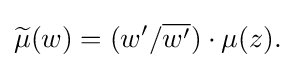
\displaystyle {{\widetilde {\mu }}(w)=(w^{\prime }/{\overline {w^{\prime }}})\cdot \mu (z).}